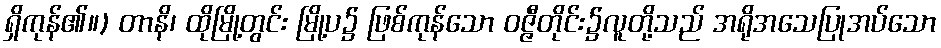
ရှိကုန်၏။) တာနိ၊ ထိုမြို့တွင်း မြို့ပ၌ ဖြစ်ကုန်သော ဝဇ္ဇီတိုင်း၌လူတို့သည် အရိုအသေပြုအပ်သော